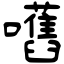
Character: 嚿